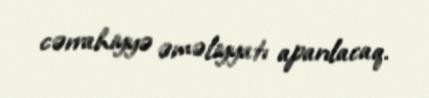
cərrahiyyə əməliyyatı aparılacaq.